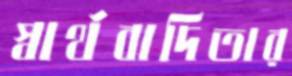
স্বার্থবাদিতার